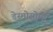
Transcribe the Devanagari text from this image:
डेस्मोसोमों